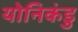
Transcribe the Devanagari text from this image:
योनिकंडु